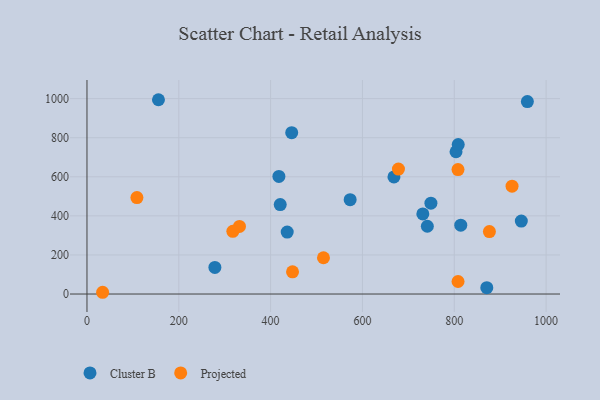
{"axis": {"x": "Engine Size", "y": "Profit"}, "legend": ["Cluster B", "Projected"], "data": [{"x": "803.8", "y": 728.1, "type": "Cluster B"}, {"x": "418.0", "y": 601.9, "type": "Cluster B"}, {"x": "668.6", "y": 599.3, "type": "Cluster B"}, {"x": "420.9", "y": 458.0, "type": "Cluster B"}, {"x": "436.1", "y": 317.0, "type": "Cluster B"}, {"x": "870.8", "y": 32.5, "type": "Cluster B"}, {"x": "155.7", "y": 994.4, "type": "Cluster B"}, {"x": "278.6", "y": 136.2, "type": "Cluster B"}, {"x": "808.6", "y": 765.0, "type": "Cluster B"}, {"x": "946.0", "y": 373.4, "type": "Cluster B"}, {"x": "959.2", "y": 985.1, "type": "Cluster B"}, {"x": "741.3", "y": 347.0, "type": "Cluster B"}, {"x": "749.1", "y": 464.9, "type": "Cluster B"}, {"x": "445.9", "y": 825.7, "type": "Cluster B"}, {"x": "731.5", "y": 410.1, "type": "Cluster B"}, {"x": "573.2", "y": 482.8, "type": "Cluster B"}, {"x": "814.1", "y": 352.3, "type": "Cluster B"}, {"x": "447.7", "y": 113.5, "type": "Projected"}, {"x": "808.2", "y": 64.1, "type": "Projected"}, {"x": "332.1", "y": 346.1, "type": "Projected"}, {"x": "808.1", "y": 637.0, "type": "Projected"}, {"x": "515.1", "y": 185.8, "type": "Projected"}, {"x": "678.4", "y": 639.6, "type": "Projected"}, {"x": "34.1", "y": 9.0, "type": "Projected"}, {"x": "108.8", "y": 493.5, "type": "Projected"}, {"x": "925.8", "y": 551.9, "type": "Projected"}, {"x": "317.7", "y": 320.8, "type": "Projected"}, {"x": "876.5", "y": 319.7, "type": "Projected"}]}